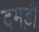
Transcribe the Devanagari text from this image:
दमड़ी